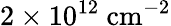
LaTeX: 2\times 10^{12}~\textrm{cm}^{-2}